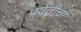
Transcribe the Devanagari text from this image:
पर्वतीचा